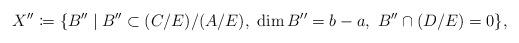
LaTeX: \begin{align*}X''\coloneqq \{B'' \mid B''\subset (C/E)/(A/E),\ \dim B'' = b-a,\ B''\cap (D/E) = 0\},\end{align*}